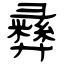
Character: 彞